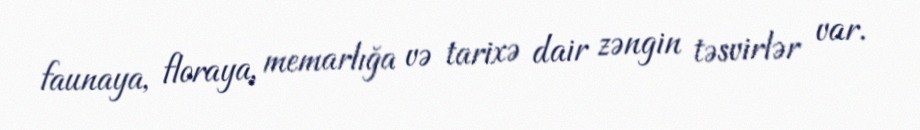
faunaya, floraya, memarlığa və tarixə dair zəngin təsvirlər var.